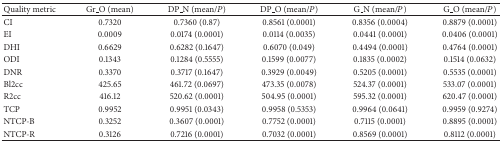
<table><thead><tr><td><b>Quality metric</b></td><td><b>Gr_O (mean)</b></td><td><b>DP_N (mean/<i>P</i>)</b></td><td><b>DP_O (mean/<i>P</i>)</b></td><td><b>G_N (mean/<i>P</i>)</b></td><td><b>G_O (mean/<i>P</i>)</b></td></tr></thead><tbody><tr><td>CI</td><td>0.7320</td><td>0.7360 (0.87)</td><td>0.8561 (0.0001)</td><td>0.8356 (0.0004)</td><td>0.8879 (0.0001)</td></tr><tr><td>EI</td><td>0.0009</td><td>0.0174 (0.0001)</td><td>0.0114 (0.0035)</td><td>0.0441 (0.0001)</td><td>0.0406 (0.0001)</td></tr><tr><td>DHI</td><td>0.6629</td><td>0.6282 (0.1647)</td><td>0.6070 (0.049)</td><td>0.4494 (0.0001)</td><td>0.4764 (0.0001)</td></tr><tr><td>ODI</td><td>0.1343</td><td>0.1284 (0.5555)</td><td>0.1599 (0.0077)</td><td>0.1835 (0.0002)</td><td>0.1514 (0.0632)</td></tr><tr><td>DNR</td><td>0.3370</td><td>0.3717 (0.1647)</td><td>0.3929 (0.0049)</td><td>0.5205 (0.0001)</td><td>0.5535 (0.0001)</td></tr><tr><td>Bl2cc</td><td>425.65</td><td>461.72 (0.0697)</td><td>473.35 (0.0078)</td><td>524.37 (0.0001)</td><td>533.07 (0.0001)</td></tr><tr><td>R2cc</td><td>416.12</td><td>520.62 (0.0001)</td><td>504.95 (0.0001)</td><td>595.32 (0.0001)</td><td>620.47 (0.0001)</td></tr><tr><td>TCP</td><td>0.9952</td><td>0.9951 (0.0343)</td><td>0.9958 (0.5353)</td><td>0.9964 (0.0641)</td><td>0.9959 (0.9274)</td></tr><tr><td>NTCP-B</td><td>0.3252</td><td>0.3607 (0.0001)</td><td>0.7752 (0.0001)</td><td>0.7115 (0.0001)</td><td>0.8895 (0.0001)</td></tr><tr><td>NTCP-R</td><td>0.3126</td><td>0.7216 (0.0001)</td><td>0.7032 (0.0001)</td><td>0.8569 (0.0001)</td><td>0.8112 (0.0001)</td></tr></tbody></table>